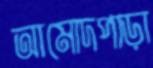
আমোদপাড়া